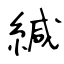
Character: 緘